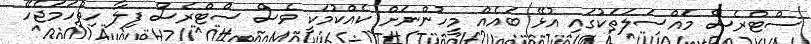
ސްޓްރެސް މައްސަލަތަކުގައި އުޅޭ ބައެއް މީހުންނަށް ކެއްކުމަކީ ވެސް ސްޓްރެސް ފިލާ ހިތްހަމަޖެހޭ